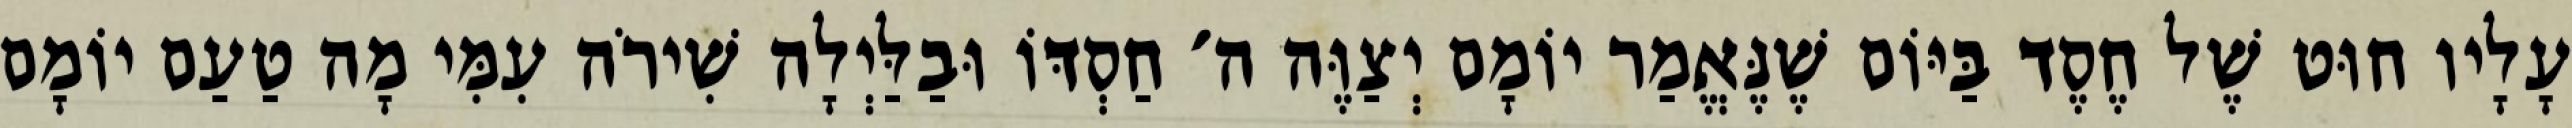
עָלָיו חוּט שֶׁל חֶסֶד בַּיּוֹם שֶׁנֶּאֱמַר יוֹמָם יְצַוֶּה ה׳ חַסְדּוֹ וּבַלַּיְלָה שִׁירֹה עִמִּי מָה טַעַם יוֹמָם